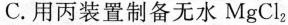
C.用丙装置制备无水MgCl_{2}